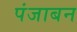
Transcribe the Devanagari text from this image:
पंजाबन